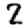
Digit: 2